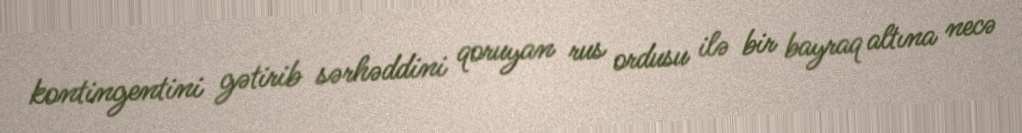
kontingentini gətirib sərhəddini qoruyan rus ordusu ilə bir bayraq altına necə